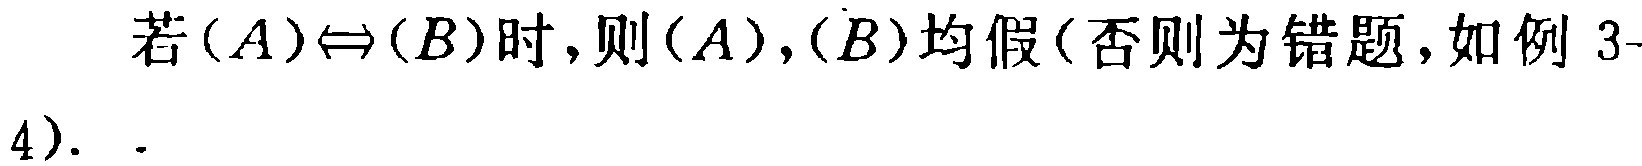
若\((A)\Leftrightarrow(B)\)时,则\((A),(B)\)均假(否则为错题,如例 3-4).  .